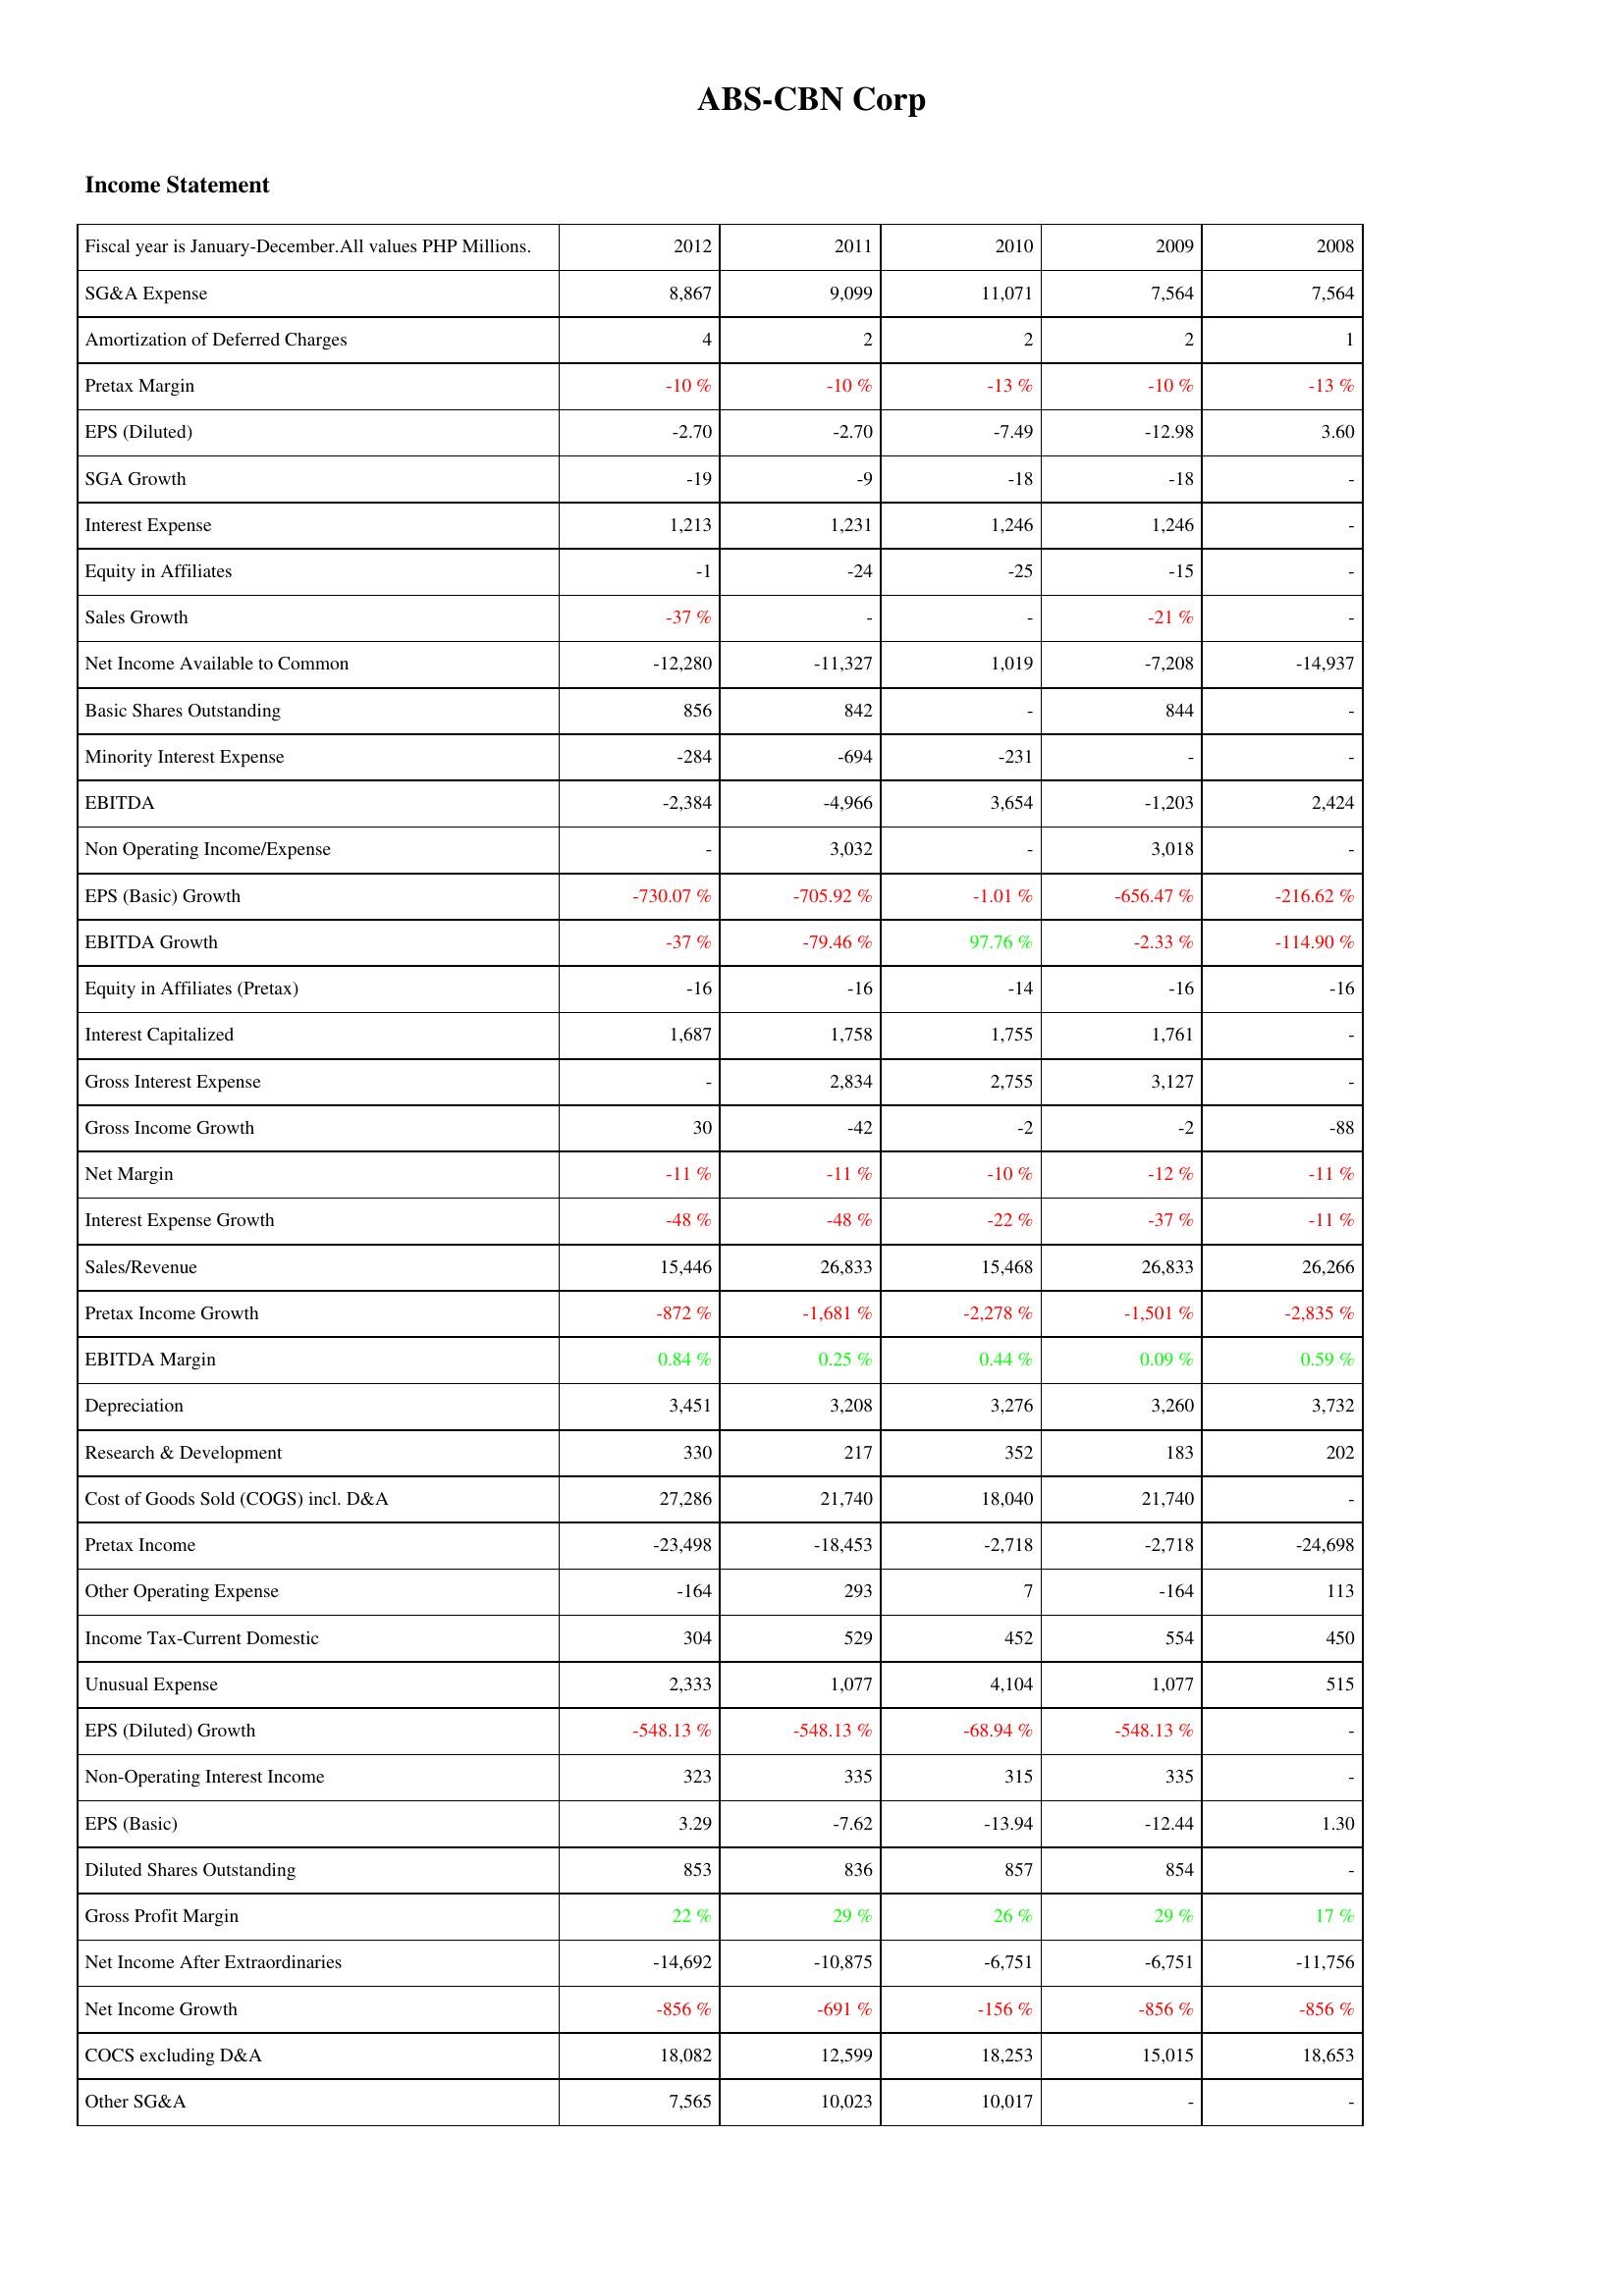
2012: Income Statement: SG&A Expense: 8,867
Amortization of Deferred Charges: 4
Pretax Margin: -10 %
EPS (Diluted): -2.70
SGA Growth: -19
Interest Expense: 1,213
Equity in Affiliates: -1
Sales Growth: -37 %
Net Income Available to Common: -12,280
Basic Shares Outstanding: 856
Minority Interest Expense: -284
EBITDA: -2,384
Non Operating Income/Expense: -
EPS (Basic) Growth: -730.07 %
EBITDA Growth: -37 %
Equity in Affiliates (Pretax): -16
Interest Capitalized: 1,687
Gross Interest Expense: -
Gross Income Growth: 30
Net Margin: -11 %
Interest Expense Growth: -48 %
Sales/Revenue: 15,446
Pretax Income Growth: -872 %
EBITDA Margin: 0.84 %
Depreciation: 3,451
Research & Development: 330
Cost of Goods Sold (COGS) incl. D&A: 27,286
Pretax Income: -23,498
Other Operating Expense: -164
Income Tax-Current Domestic: 304
Unusual Expense: 2,333
EPS (Diluted) Growth: -548.13 %
Non-Operating Interest Income: 323
EPS (Basic): 3.29
Diluted Shares Outstanding: 853
Gross Profit Margin: 22 %
Net Income After Extraordinaries: -14,692
Net Income Growth: -856 %
COCS excluding D&A: 18,082
Other SG&A: 7,565
2011: Income Statement: SG&A Expense: 9,099
Amortization of Deferred Charges: 2
Pretax Margin: -10 %
EPS (Diluted): -2.70
SGA Growth: -9
Interest Expense: 1,231
Equity in Affiliates: -24
Sales Growth: -
Net Income Available to Common: -11,327
Basic Shares Outstanding: 842
Minority Interest Expense: -694
EBITDA: -4,966
Non Operating Income/Expense: 3,032
EPS (Basic) Growth: -705.92 %
EBITDA Growth: -79.46 %
Equity in Affiliates (Pretax): -16
Interest Capitalized: 1,758
Gross Interest Expense: 2,834
Gross Income Growth: -42
Net Margin: -11 %
Interest Expense Growth: -48 %
Sales/Revenue: 26,833
Pretax Income Growth: -1,681 %
EBITDA Margin: 0.25 %
Depreciation: 3,208
Research & Development: 217
Cost of Goods Sold (COGS) incl. D&A: 21,740
Pretax Income: -18,453
Other Operating Expense: 293
Income Tax-Current Domestic: 529
Unusual Expense: 1,077
EPS (Diluted) Growth: -548.13 %
Non-Operating Interest Income: 335
EPS (Basic): -7.62
Diluted Shares Outstanding: 836
Gross Profit Margin: 29 %
Net Income After Extraordinaries: -10,875
Net Income Growth: -691 %
COCS excluding D&A: 12,599
Other SG&A: 10,023
2010: Income Statement: SG&A Expense: 11,071
Amortization of Deferred Charges: 2
Pretax Margin: -13 %
EPS (Diluted): -7.49
SGA Growth: -18
Interest Expense: 1,246
Equity in Affiliates: -25
Sales Growth: -
Net Income Available to Common: 1,019
Basic Shares Outstanding: -
Minority Interest Expense: -231
EBITDA: 3,654
Non Operating Income/Expense: -
EPS (Basic) Growth: -1.01 %
EBITDA Growth: 97.76 %
Equity in Affiliates (Pretax): -14
Interest Capitalized: 1,755
Gross Interest Expense: 2,755
Gross Income Growth: -2
Net Margin: -10 %
Interest Expense Growth: -22 %
Sales/Revenue: 15,468
Pretax Income Growth: -2,278 %
EBITDA Margin: 0.44 %
Depreciation: 3,276
Research & Development: 352
Cost of Goods Sold (COGS) incl. D&A: 18,040
Pretax Income: -2,718
Other Operating Expense: 7
Income Tax-Current Domestic: 452
Unusual Expense: 4,104
EPS (Diluted) Growth: -68.94 %
Non-Operating Interest Income: 315
EPS (Basic): -13.94
Diluted Shares Outstanding: 857
Gross Profit Margin: 26 %
Net Income After Extraordinaries: -6,751
Net Income Growth: -156 %
COCS excluding D&A: 18,253
Other SG&A: 10,017
2009: Income Statement: SG&A Expense: 7,564
Amortization of Deferred Charges: 2
Pretax Margin: -10 %
EPS (Diluted): -12.98
SGA Growth: -18
Interest Expense: 1,246
Equity in Affiliates: -15
Sales Growth: -21 %
Net Income Available to Common: -7,208
Basic Shares Outstanding: 844
Minority Interest Expense: -
EBITDA: -1,203
Non Operating Income/Expense: 3,018
EPS (Basic) Growth: -656.47 %
EBITDA Growth: -2.33 %
Equity in Affiliates (Pretax): -16
Interest Capitalized: 1,761
Gross Interest Expense: 3,127
Gross Income Growth: -2
Net Margin: -12 %
Interest Expense Growth: -37 %
Sales/Revenue: 26,833
Pretax Income Growth: -1,501 %
EBITDA Margin: 0.09 %
Depreciation: 3,260
Research & Development: 183
Cost of Goods Sold (COGS) incl. D&A: 21,740
Pretax Income: -2,718
Other Operating Expense: -164
Income Tax-Current Domestic: 554
Unusual Expense: 1,077
EPS (Diluted) Growth: -548.13 %
Non-Operating Interest Income: 335
EPS (Basic): -12.44
Diluted Shares Outstanding: 854
Gross Profit Margin: 29 %
Net Income After Extraordinaries: -6,751
Net Income Growth: -856 %
COCS excluding D&A: 15,015
Other SG&A: -
2008: Income Statement: SG&A Expense: 7,564
Amortization of Deferred Charges: 1
Pretax Margin: -13 %
EPS (Diluted): 3.60
SGA Growth: -
Interest Expense: -
Equity in Affiliates: -
Sales Growth: -
Net Income Available to Common: -14,937
Basic Shares Outstanding: -
Minority Interest Expense: -
EBITDA: 2,424
Non Operating Income/Expense: -
EPS (Basic) Growth: -216.62 %
EBITDA Growth: -114.90 %
Equity in Affiliates (Pretax): -16
Interest Capitalized: -
Gross Interest Expense: -
Gross Income Growth: -88
Net Margin: -11 %
Interest Expense Growth: -11 %
Sales/Revenue: 26,266
Pretax Income Growth: -2,835 %
EBITDA Margin: 0.59 %
Depreciation: 3,732
Research & Development: 202
Cost of Goods Sold (COGS) incl. D&A: -
Pretax Income: -24,698
Other Operating Expense: 113
Income Tax-Current Domestic: 450
Unusual Expense: 515
EPS (Diluted) Growth: -
Non-Operating Interest Income: -
EPS (Basic): 1.30
Diluted Shares Outstanding: -
Gross Profit Margin: 17 %
Net Income After Extraordinaries: -11,756
Net Income Growth: -856 %
COCS excluding D&A: 18,653
Other SG&A: -